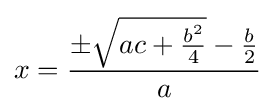
x={\frac {\pm {\sqrt {ac+{\tfrac {b^{2}}{4}}}}-{\tfrac {b}{2}}}{a}}